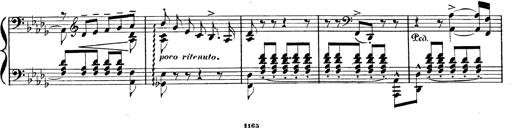
Title: BÃ©nÃ©diction et serment
Composer: Franz Liszt